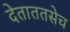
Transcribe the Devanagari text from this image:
देताततसेच